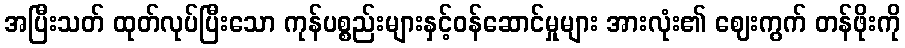
အပြီးသတ် ထုတ်လုပ်ပြီးသော ကုန်ပစ္စည်းများနှင့်ဝန်ဆောင်မှုများ အားလုံး၏ ဈေးကွက် တန်ဖိုးကို